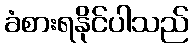
ခံစားရနိုင်ပါသည်